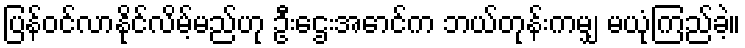
ပြန်ဝင်လာနိုင်လိမ့်မည်ဟု ဦးဌေးအောင်က ဘယ်တုန်းကမျှ မယုံကြည်ခဲ့။